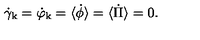
\dot { \gamma } _ { \mathrm { k } } = \dot { \varphi } _ { \mathrm { k } } = \langle \dot { \phi } \rangle = \langle \dot { \Pi } \rangle = 0 .